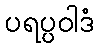
ပရပ္ပဝါဒံ